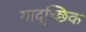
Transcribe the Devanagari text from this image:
याद्च्छिक